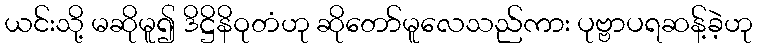
ယင်းသို့ မဆိုမူ၍ ဒိဋ္ဌိနိဝုတံဟု ဆိုတော်မူလေသည်ကား ပုဗ္ဗာပရဆန့်ခဲ့ဟု